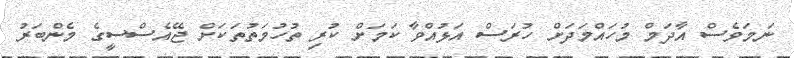
ނަމަވެސް އާދަމް މުހައްމަދަށް ހުރަސް އަޅުއްވާ ކަމަށް ކުރި ތުހުމަތުތަކަށް ޖޭއެސްސީގެ މެންބަރު